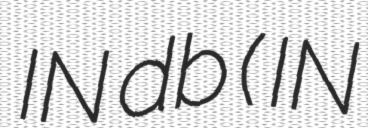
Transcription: IN db (三枝夕夏 IN